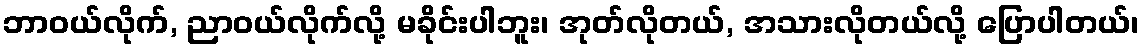
ဘာဝယ်လိုက်, ညာဝယ်လိုက်လို့ မခိုင်းပါဘူး၊ အုတ်လိုတယ်, အသားလိုတယ်လို့ ပြောပါတယ်၊